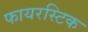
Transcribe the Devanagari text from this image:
फायरस्टिक